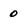
Character: 0